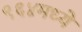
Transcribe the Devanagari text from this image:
९६४मध्ये